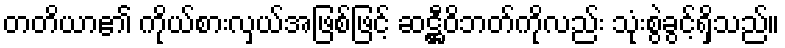
တတိယာ၏ ကိုယ်စားလှယ်အဖြစ်ဖြင့် ဆဋ္ဌီဝိဘတ်ကိုလည်း သုံးစွဲခွင့်ရှိသည်။